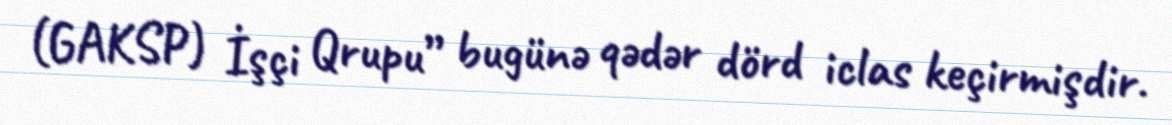
(GAKSP) İşçi Qrupu” bugünə qədər dörd iclas keçirmişdir.